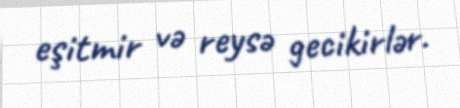
eşitmir və reysə gecikirlər.